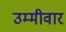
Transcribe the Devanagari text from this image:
उम्मीवार